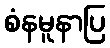
စံနမူနာပြ